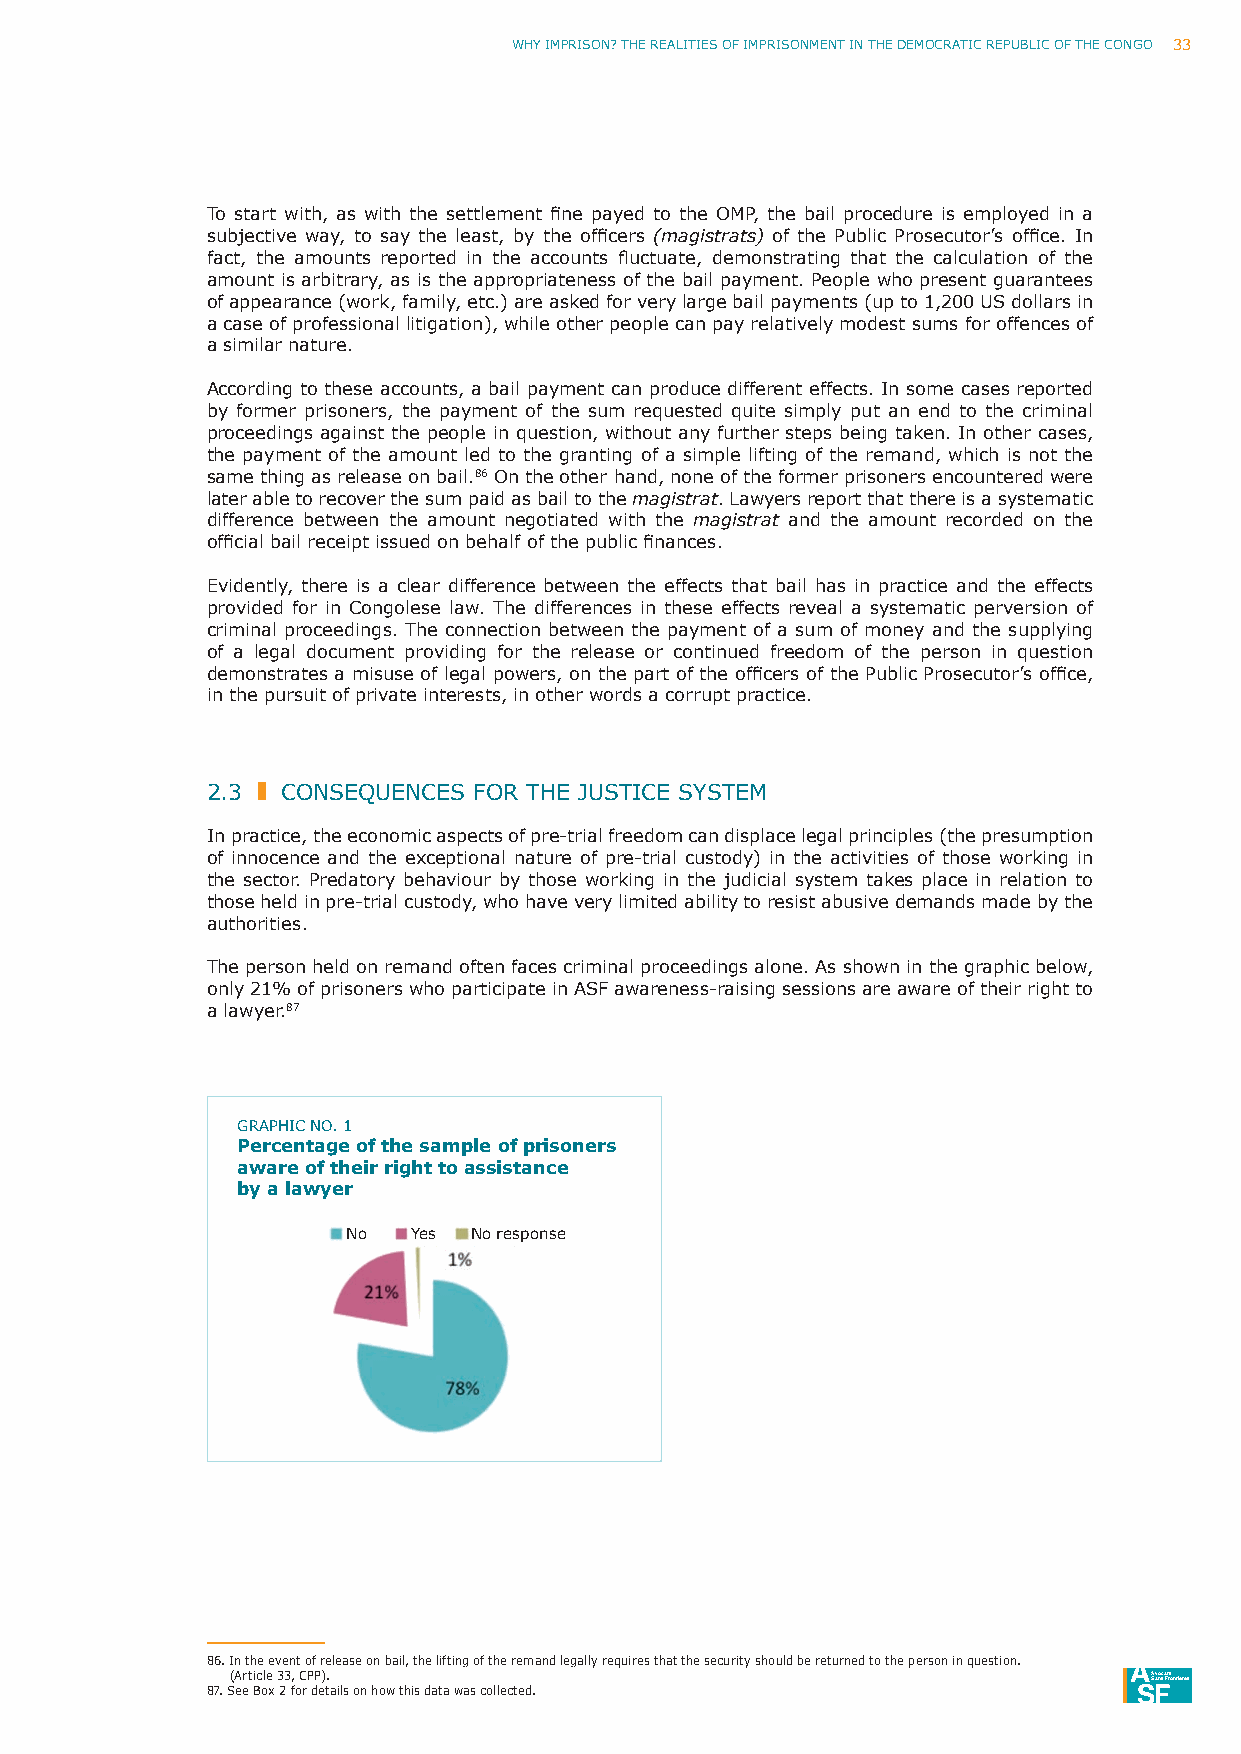
Why ImpRISoN? ThE REAlITIES oF ImpRISoNmENT IN ThE DEmoCRATIC REpuBlIC oF ThE CoNGo 33
 To start with, as with the settlement fine payed to the OMP, the bail procedure is employed in a
 subjective way, to say the least, by the officers (magistrats) of the Public Prosecutor’s office. In
 fact, the amounts reported in the accounts fluctuate, demonstrating that the calculation of the
 amount is arbitrary, as is the appropriateness of the bail payment. people who present guarantees
 of appearance (work, family, etc.) are asked for very large bail payments (up to 1,200 uS dollars in
 a case of professional litigation), while other people can pay relatively modest sums for offences of
 a similar nature.
 According to these accounts, a bail payment can produce different effects. In some cases reported
 by former prisoners, the payment of the sum requested quite simply put an end to the criminal
 proceedings against the people in question, without any further steps being taken. In other cases,
 the payment of the amount led to the granting of a simple lifting of the remand, which is not the
 same thing as release on bail.86 on the other hand, none of the former prisoners encountered were
 later able to recover the sum paid as bail to the magistrat. lawyers report that there is a systematic
 difference between the amount negotiated with the magistrat and the amount recorded on the
 official bail receipt issued on behalf of the public finances.
 Evidently, there is a clear difference between the effects that bail has in practice and the effects
 provided for in Congolese law. The differences in these effects reveal a systematic perversion of
 criminal proceedings. The connection between the payment of a sum of money and the supplying
 of a legal document providing for the release or continued freedom of the person in question
 demonstrates a misuse of legal powers, on the part of the officers of the Public Prosecutor’s office,
 in the pursuit of private interests, in other words a corrupt practice.
 2.3  CoNSEQuENCES FoR ThE JuSTICE SySTEm
 In practice, the economic aspects of pre-trial freedom can displace legal principles (the presumption
 of innocence and the exceptional nature of pre-trial custody) in the activities of those working in
 the sector. predatory behaviour by those working in the judicial system takes place in relation to
 those held in pre-trial custody, who have very limited ability to resist abusive demands made by the
 authorities.
 The person held on remand often faces criminal proceedings alone. As shown in the graphic below,
 only 21% of prisoners who participate in ASF awareness-raising sessions are aware of their right to
 a lawyer.87
 GRAphIC No. 1
 Percentage of the sample of prisoners
 aware of their right to assistance
 by a lawyer
 No  yes No response
 86. I n the event of release on bail, the lifting of the remand legally requires that the security should be returned to the person in question.
 (Article 33, Cpp).                                           ASvaoncsa Ftrsontières
 87. See Box 2 for details on how this data was collected.